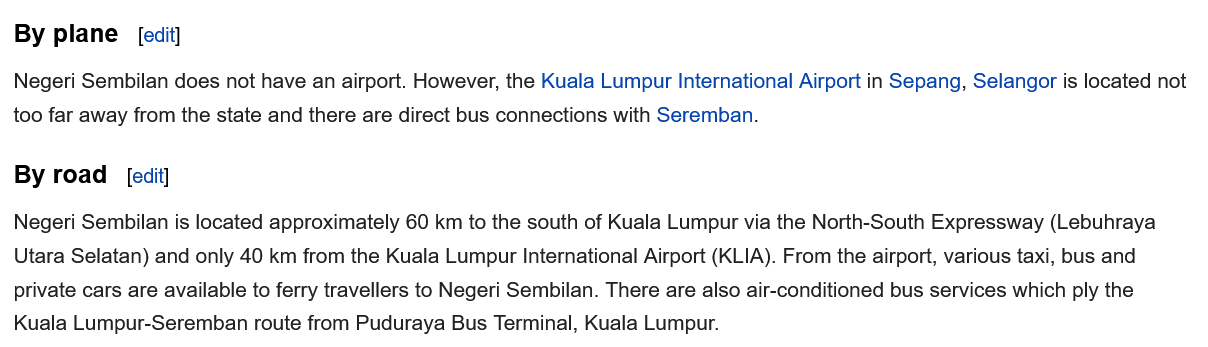
By  plane
  Negeri Sembilan does not have an airport. However, the Kuala Lumpur International Airport in Sepang, Selangor is located not
  too far away from the state and there are direct bus connections with Seremban.
  By  road
  Negeri Sembilan is located approximately 60 km to the south of Kuala Lumpur via the North-South Expressway (Lebuhraya
  Utara Selatan) and only 40 km from the Kuala Lumpur International Airport (KLIA). From the airport, various taxi, bus and
  private cars are available to ferry travellers to Negeri Sembilan. There are also air-conditioned bus services which ply the
  Kuala Lumpur-Seremban route from Puduraya Bus Terminal, Kuala Lumpur.
     [edit]